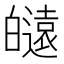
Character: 𤾮